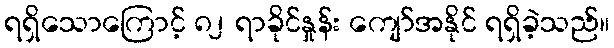
ရရှိသောကြောင့် ၈၂ ရာခိုင်နှုန်း ကျော်အနိုင် ရရှိခဲ့သည်။